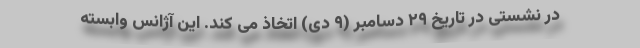
در نشستی در تاریخ ۲۹ دسامبر (۹ دی) اتخاذ می کند. این آژانس وابسته